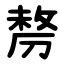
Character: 剺